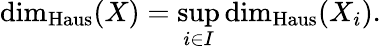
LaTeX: \dim_{\operatorname{Haus}}(X)=\operatorname*{sup}_{i\in I}\dim_{\operatorname{Haus}}(X_{i}).